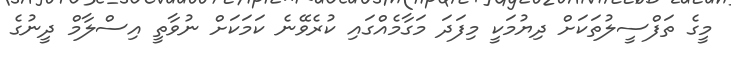
މީގެ ތަފްސީލުތަކަށް ދިޔުމަކީ މިފަދަ މަގާމެއްގައި ކުރެވޭނެ ކަމަކަށް ނުވާތީ އިސްލާމް ދީނުގެ